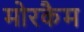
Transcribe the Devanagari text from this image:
मोरकैम